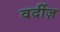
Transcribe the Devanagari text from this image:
वर्दीज़